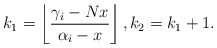
\begin{align*}k_1=\left\lfloor\frac{\gamma_i-Nx}{\alpha_i-x}\right\rfloor,k_2=k_1+1.\end{align*}